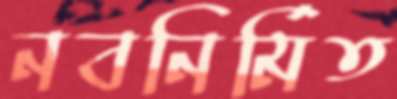
নবনির্মিত